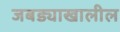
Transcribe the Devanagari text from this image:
जबड्याखालील